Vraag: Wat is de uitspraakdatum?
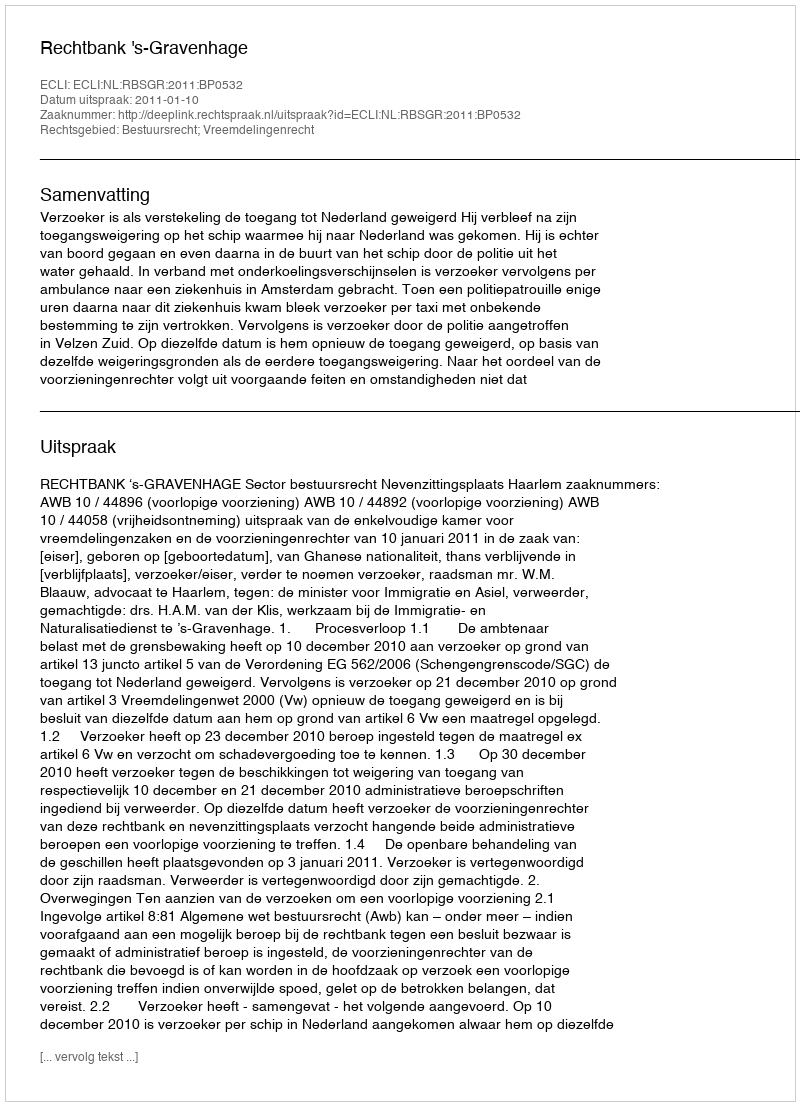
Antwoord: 2011-01-10